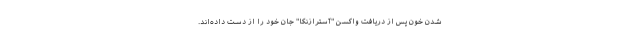
شدن خون پس از دریافت واکسن "آسترازنکا" جان خود را از دست داده‌اند.